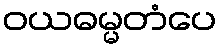
ဝယဓမ္မတံပေ